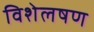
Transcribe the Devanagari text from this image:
विशेलषण